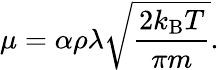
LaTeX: \mu=\alpha\rho\lambda{\sqrt{\frac{2k_{\mathrm{B}}T}{\pi m}}}.